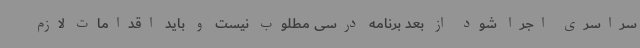
سراسری اجرا شود از بعد برنامه درسی مطلوب نیست و باید اقدامات لازم